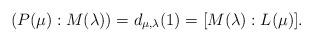
LaTeX: \begin{align*}(P(\mu): M(\lambda))=d_{\mu,\lambda}(1)=[M(\lambda):L(\mu)].\end{align*}